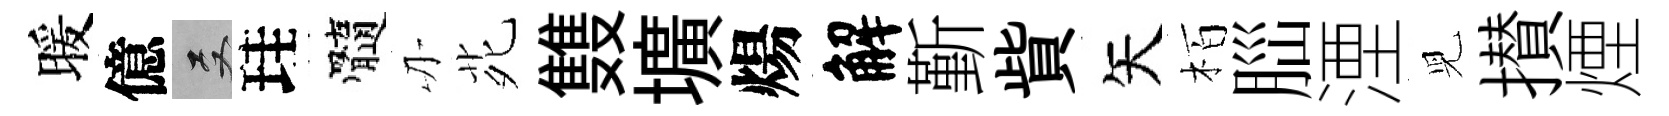
暖億双珪髓刃𫟍䨇壙煬解斳貲矢栢𦛁湮児攅煙